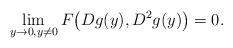
LaTeX: \begin{align*} \lim_{y\to 0,y\neq 0}F\big(Dg(y),D^2g(y)\big)=0.\end{align*}